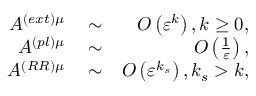
\begin{array} { r l r } { A ^ { \left( e x t \right) \mu } } & { { } \sim } & { O \left( \varepsilon ^ { k } \right) , k \geq 0 , } \\ { A ^ { \left( p l \right) \mu } } & { { } \sim } & { O \left( \frac { 1 } { \varepsilon } \right) , } \\ { A ^ { \left( R R \right) \mu } } & { { } \sim } & { O \left( \varepsilon ^ { k _ { s } } \right) , k _ { s } > k , } \end{array}